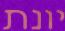
יונת